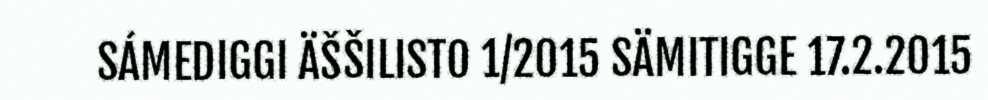
SÁMEDIGGI ÄŠŠILISTO 1/2015 SÄMITIGGE 17.2.2015